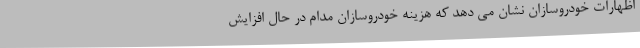
اظهارات خودروسازان نشان می دهد که هزینه خودروسازان مدام در حال افزایش